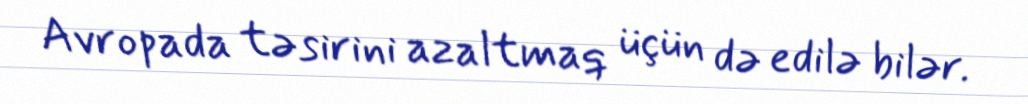
Avropada təsirini azaltmaq üçün də edilə bilər.